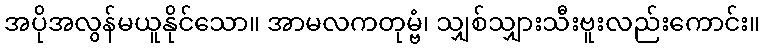
အပိုအလွန်မယူနိုင်သော။ အာမလကတုမ္ဗံ၊ သျှစ်သျှားသီးဗူးလည်းကောင်း။